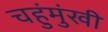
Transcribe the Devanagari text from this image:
चहुंमुंखी